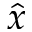
\hat { x }